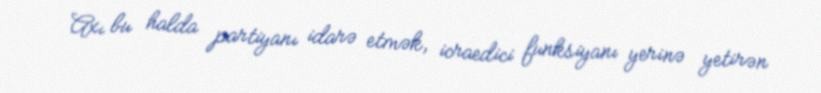
Axı bu halda partiyanı idarə etmək, icraedici funksiyanı yerinə yetirən